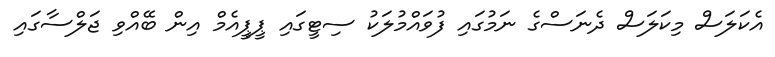
އެކަލަސް މިކަލަސް ދެނަސްގެ ނަމުގައި ފުވައްމުލަކު ސިޓީގައި ޕީޕީއެމް އިން ބޭއްވި ޖަލްސާގައި